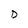
Character: D